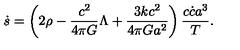
\dot { s } = \left( 2 \rho - { \frac { c ^ { 2 } } { 4 \pi G } } \Lambda + { \frac { 3 k c ^ { 2 } } { 4 \pi G a ^ { 2 } } } \right) { \frac { c \dot { c } a ^ { 3 } } { T } } .